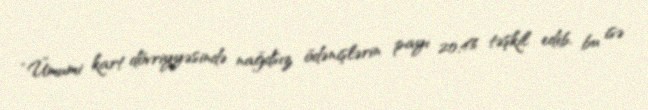
“Ümumi kart dövriyyəsində nağdsız ödənişlərin payı 20,4% təşkil edib, bu isə